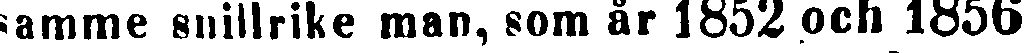
samme snillrike man, som år 1852 och 1856